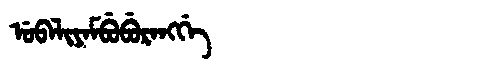
Manchu: ᡠᠪᠠᠯᡳᠶᠠᠮᠪᡠᠪᡠᡵᠠᠩᡤᡝ
Romanization: UBALIYAMBUBURANGGE